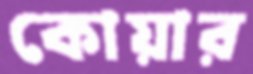
কোয়ার